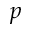
p